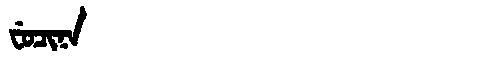
Manchu: ᠸᡠᠴᡳᠨᠠ
Romanization: FUCINA